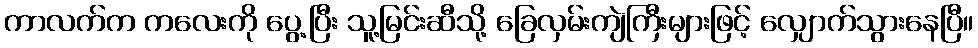
ကာလက်က ကလေးကို ပွေ့ပြီး သူ့မြင်းဆီသို့ ခြေလှမ်းကျဲကြီးများဖြင့် လျှောက်သွားနေပြီ။